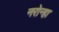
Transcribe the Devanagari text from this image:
नरोन्हा